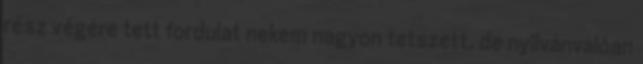
rész végére tett fordulat nekem nagyon tetszett, de nyilvánvalóan